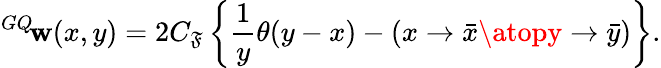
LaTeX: {^{GQ}\! \mathbf{w}}(x,y)=2C_{\mathfrak{F}}\left\{ \frac{{1}}{{y}}\theta(y-x)-\left({x\to\bar{{x}}\atopy\to\bar{{y}}}\right)\right\} .